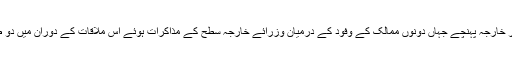
اس سے پہلے امریکی وزیر خارجہ مائک پومپیو دفتر خارجہ پہنچے جہاں دونوں ممالک کے وفود کے درمیان وزرائے خارجہ سطح کے مذاکرات ہوئے اس ملاقات کے دوران میں دو طرفہ، علاقائی اور عالمی امور پر تبادلہ خیال کیا گیا۔